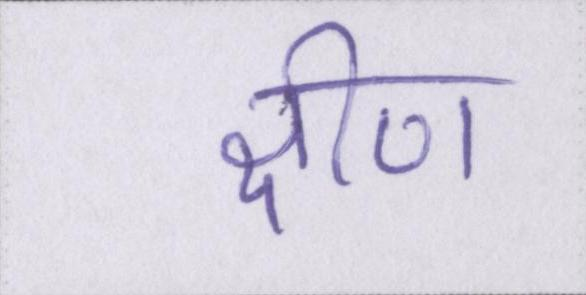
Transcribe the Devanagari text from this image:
क्षीण